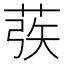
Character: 𰱜